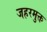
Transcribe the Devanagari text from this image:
जहरमुक्त